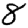
Digit: 8